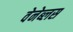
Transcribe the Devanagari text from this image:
वेनेब्लस